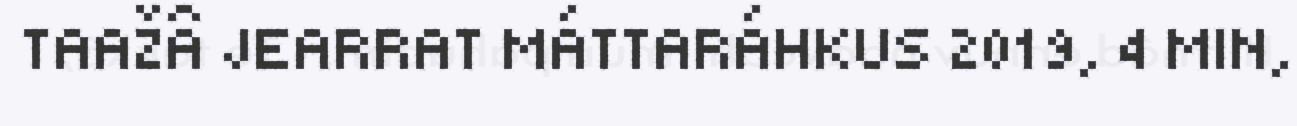
TAAŽÂ JEARRAT MÁTTARÁHKUS 2019, 4 MIN,